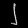
Digit: ၂